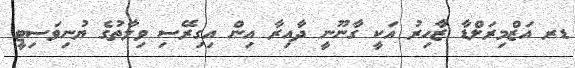
ޑރ އަޒްމިރަލްޑާ ޒާހިރު އަކީ ގާނޫނީ ދާއިރާ އިން އިގިރޭސި ވިލާތުގެ ޔުނިވަސިޓީ